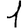
Digit: 1